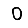
Digit: 0